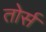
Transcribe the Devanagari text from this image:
तोर्स